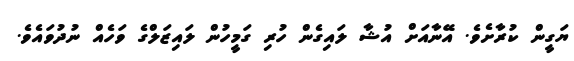
ޔަގީން ކުރާށެވެ. އޭނާއަށް އުޝާ ލައިގެން ހުރި ގަމީހުން ލައިޒަލްގެ ވަހެއް ނުދުވައެވެ.